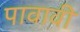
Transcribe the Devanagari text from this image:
पावावी